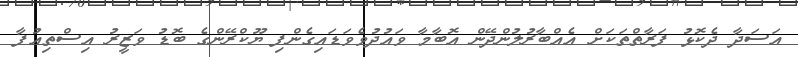
އަސަދާ ދެކޮޅު ފަރާތްތަކަށް އެއްބާރުލުންދޭން އޮބާމާ ވައުދުވެވަޑައިގެންފި ޔޫކްރޭންގެ ބޮޑު ވަޒީރު އިސްތިއުފާ